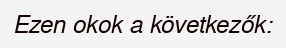
Ezen okok a következők: